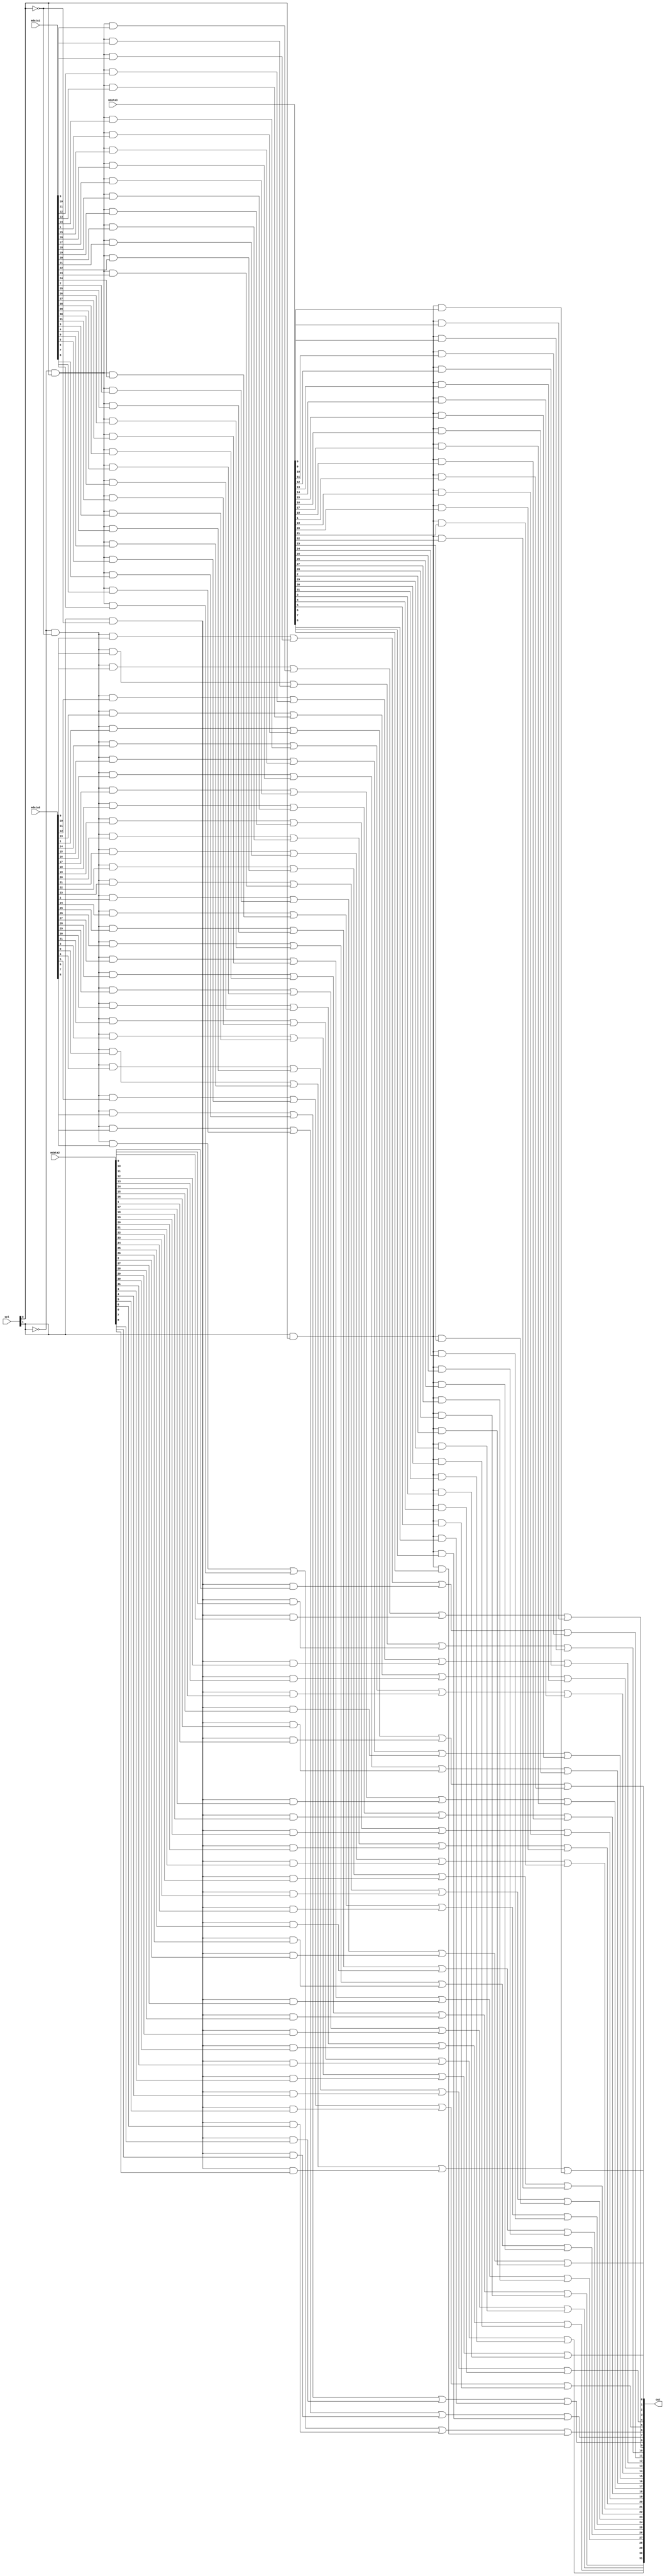

module mux_4to1(sel,out,mdata0,mdata1,mdata2,mdata3);
	input [31:0] mdata0,mdata1,mdata2,mdata3;
	input [1:0] sel;
	output [31:0] out;
	
	wire ns0, ns1;
	
	not _n0(ns0, sel[0]);
	not _n1(ns1, sel[1]);
	
	genvar c;
	generate
		for (c = 0; c <= 31; c = c + 1) begin: loop1
			wire t0,t1,t2,t3;
			and _and00(t0,ns1,ns0,mdata0[c]);
			and _and01(t1,ns1,sel[0],mdata1[c]);
			and _and10(t2,sel[1],ns0,mdata2[c]);
			and _and11(t3,sel[1],sel[0],mdata3[c]);
			
			or _or(out[c],t0,t1,t2,t3);
		end
	endgenerate
	
endmodule